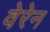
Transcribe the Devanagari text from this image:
वेरेन